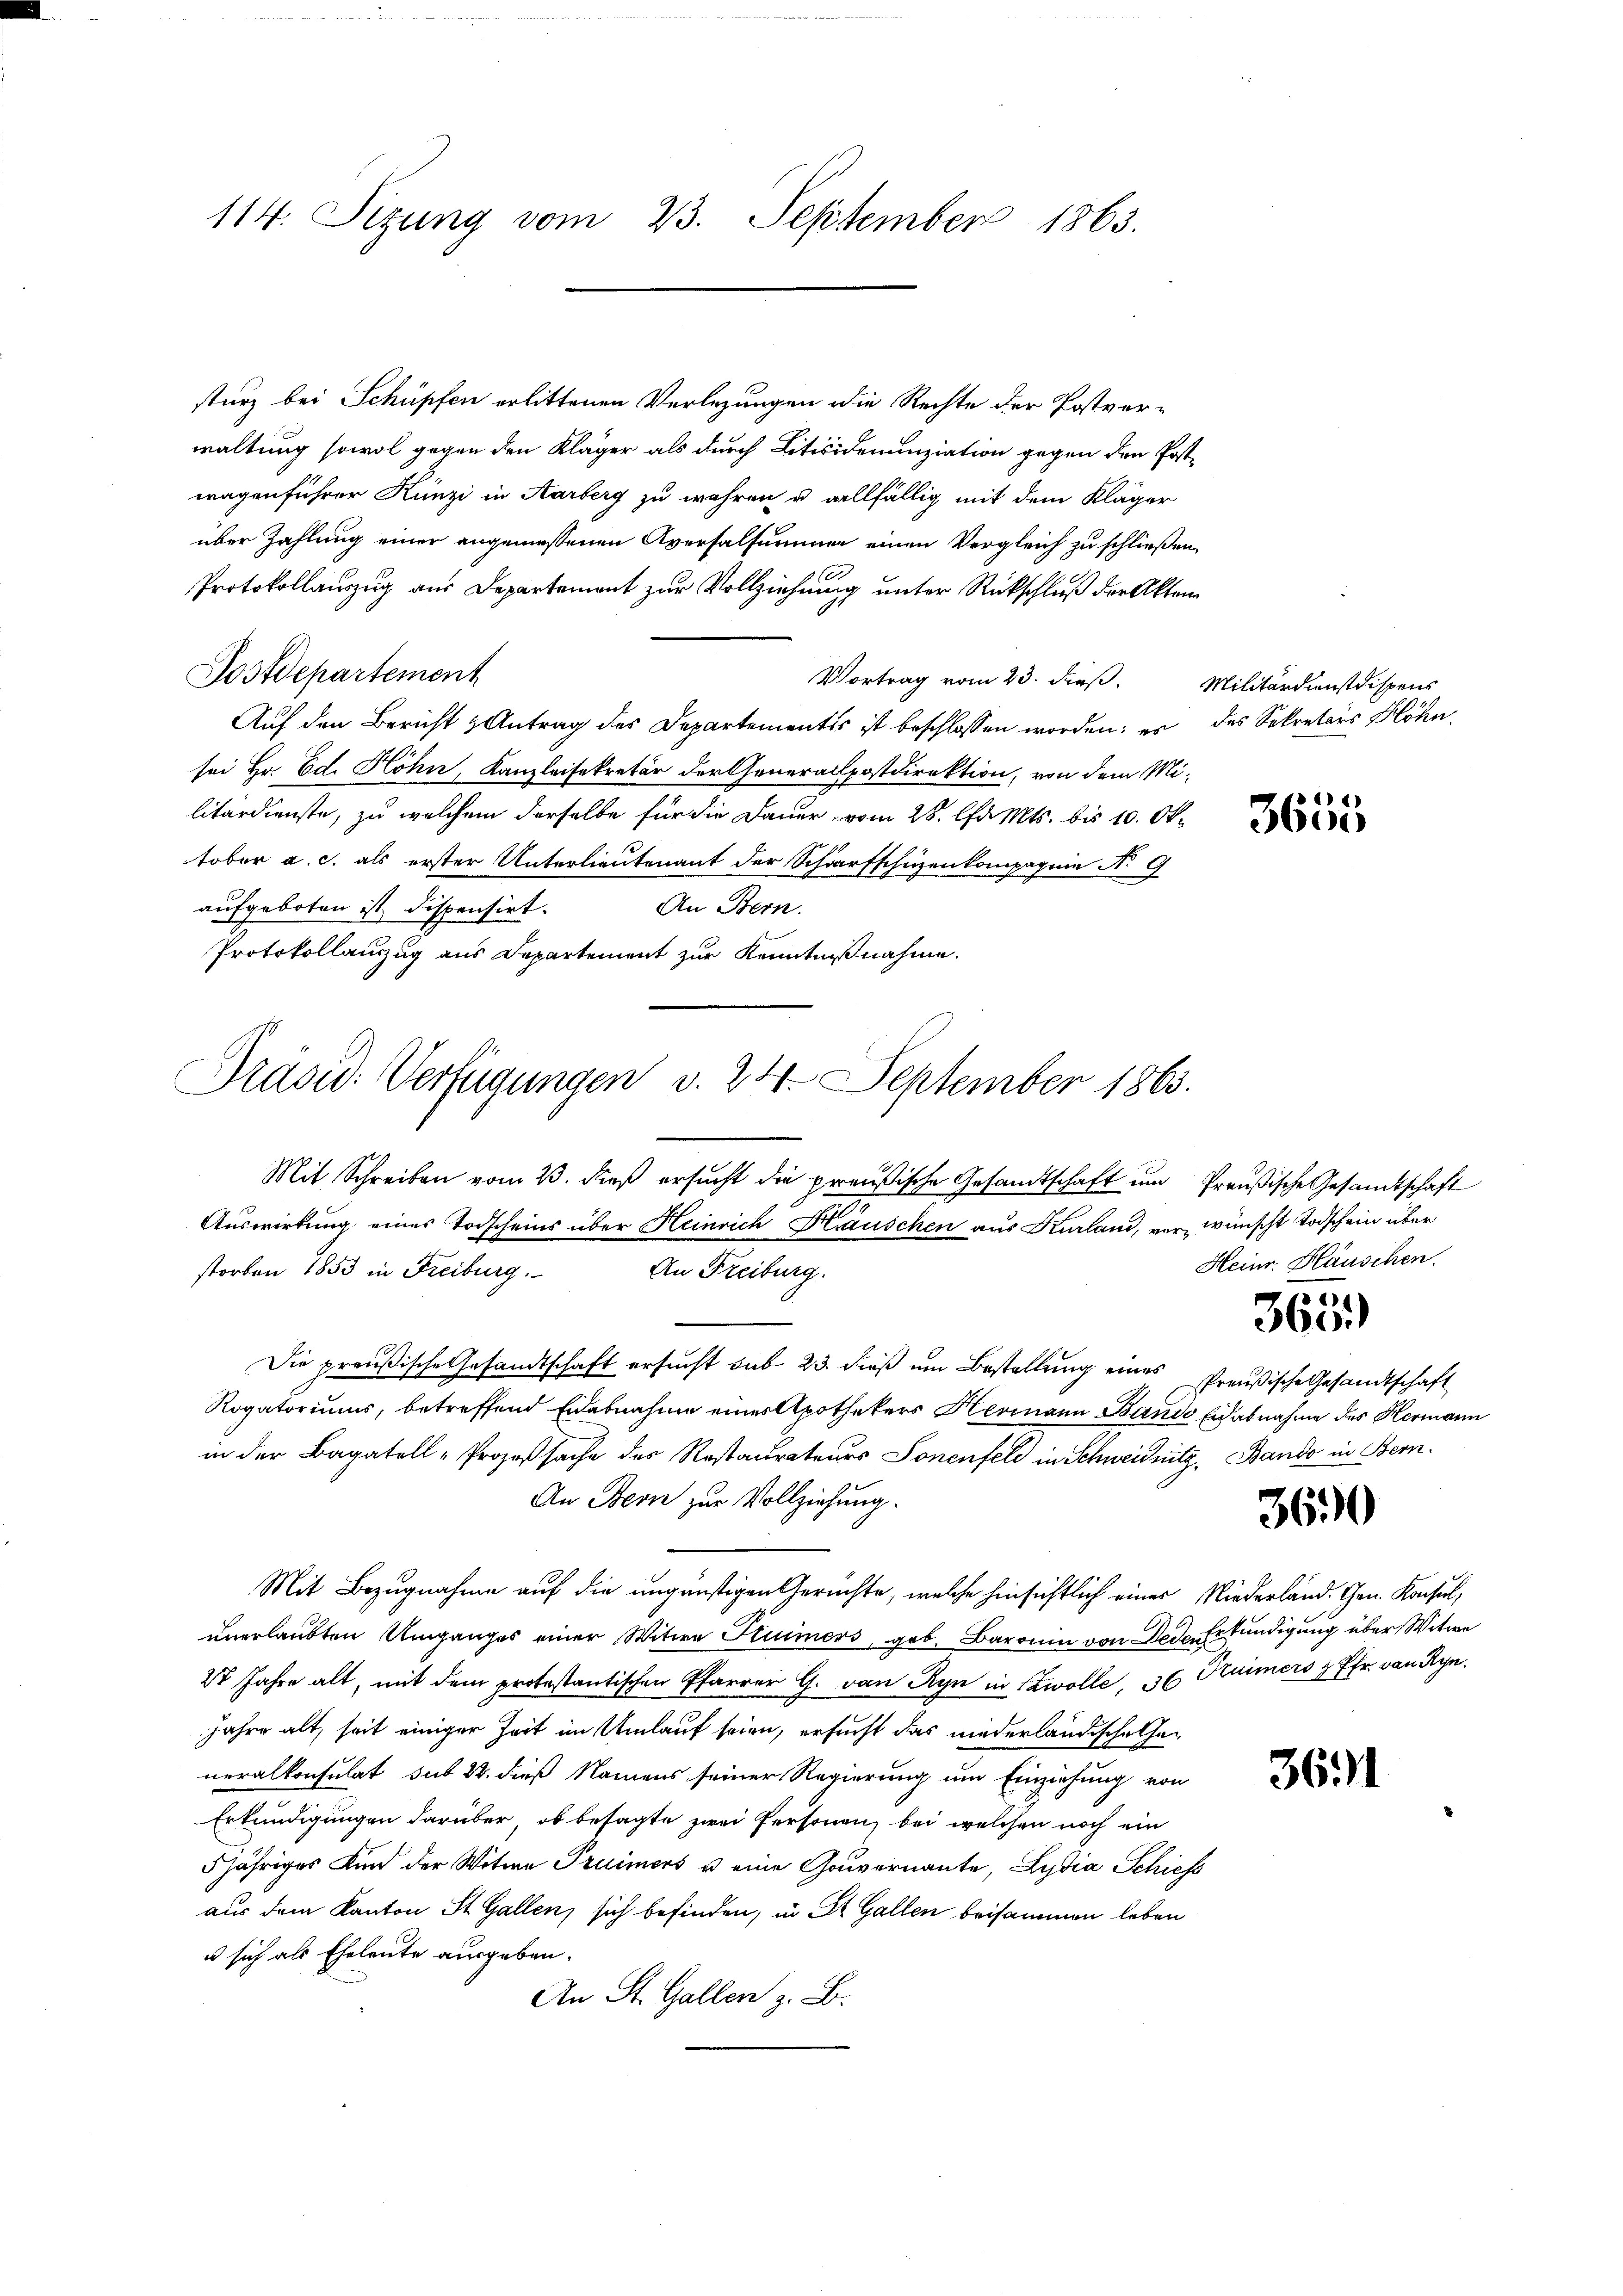
114. Sizung vom 23. September 1863.

sturz bei Schüpfen erlittenen Verlegungen die Rechte der Postver-
waltung sowol gegen den Kläger als durch Litisidenunziation gegen den Postwagenführer Künzi in Aarberg zu währen u allfällig mit dem Kläger
über Zahlung einer angemessenen Aversalsummer einen Vergleich zu schließen,
Protokollauszug aus Departement zur Vollziehung unter Rückschluß der Akten
Postdepartement
Vortrag vom 23. dieß. Militärdienstdispens
Auf den Bericht & Antrag des Departementis ist beschlossen worden; es des Sekretärs Höhn
sei Hr. Ed. Höhn, Kanzleisekretär der Generallpostdirektion, von dem Mi-
litärdienste, zu welchem derselbe für die Dauer vom 28. Ja Mts. bis 10. Oktober a. c. als erster Unterlieutenant der Scharfschüzenkompagnie N. 9
aufgeboten ist dispensirt.
An Bern.
Protokollauszug aus Departement zur Kenntnißnahme.

Präsid. Verfügungen v. 24. September 1863.

Mit Schreiben vom 23. dieß ersucht die preußische Gesandtschaft um Preußische Gesandtschaft
Auswirkung eines Todscheins über Heinrich Kräuschen aus Kurland, vor wünscht Todschein über
storben 1853 in Freiburg.
An Freiburg.
Die preußische Gesandtschaft ersucht sub 23. dieß um Bestellung eines
Rogatoriums, betreffend Eidesnahme eines Apothekers Hermann Bande Eidabnahme des Hermann
in der Bagatell-Prozeßsache des Restaurateurs Sonenfeld in Schweidnitz, Bando in Bern.
An Bern zur Vollziehung.
Mit Bezugnahme auf die ungünstigen Gerichte, welche hinsichtlich einer Niederland. Gen. Konsul,
unerlaubten Umganges einer Witwe Kuimers, geb. Baronin von Dede Erkundigung über Witwe
27 Jahre alt, mit dem protestantischen Pfarrer G. von Ryn in wolle, 30 Stümers z. Pfr. von Ryn.
Jahre alt, seit einiger Zeit im Umlauf seien, ersucht das niederlandische Generalkonsulat sub 22. dieß Namens seiner Regierung um Einziehung von
Erkundigungen darüber, ob besagte zwei Personen, bei welchen noch ein
5jähriges Kind der Witwe Truimers u eine Gouvernannte, Lydia Schief
aus dem Kanton St. Gallen sich befinden, in St. Gallen beisammen leben
u sich als Eheleute ausgeben.
An St. Gallen z. B.

1)
3605

Heinr. Häuschen.
884)
360.
Preußische Gesandtschaft

360

3691